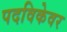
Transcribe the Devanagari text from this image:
पदविकेवर